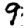
Digit: 9